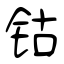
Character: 钴